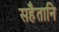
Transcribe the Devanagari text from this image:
सहैतानि